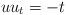
LaTeX: \begin{align*} u u_t = -t \end{align*}